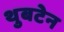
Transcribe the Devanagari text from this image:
थुबटेन